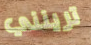
ترينني